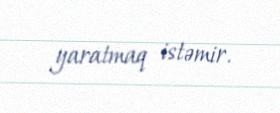
yaratmaq istəmir.